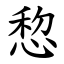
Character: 㥎